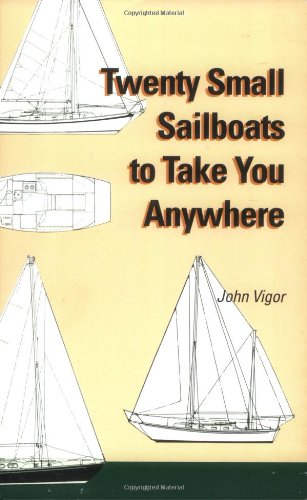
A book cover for Twenty Small Sailboats to Take You Anywhere; John Vigor; Engineering & Transportation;